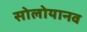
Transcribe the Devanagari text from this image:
सोलोयानव